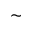
\sim